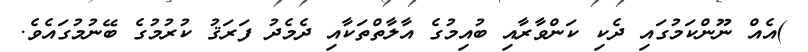
)އެއް ނޫންކަމުގައި ދެކި ކަންވާރާއި ބުއިމުގެ އާލާތްތަކާއި ދެމެދު ފަރަޤު ކުރުމުގެ ބޭނުމުގައެވެ.